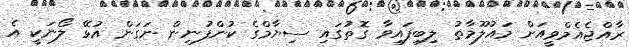
ރާއްޖެއެމްވީއަށް މައުލޫމާތު ލިބިފައިވާ ގޮތުގައި ސިޔާމްގެ ކުންފުނިން ނަގަން އުޅޭ ލޯނަކީ އެ